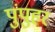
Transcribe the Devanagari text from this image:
पुंपुहर